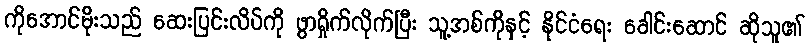
ကိုအောင်မိုးသည် ဆေးပြင်းလိပ်ကို ဖွာရှိုက်လိုက်ပြီး သူ့အစ်ကိုနှင့် နိုင်ငံရေး ခေါင်းဆောင် ဆိုသူ၏